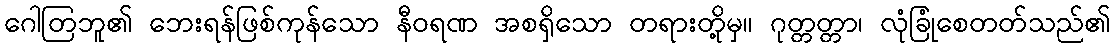
ဂေါတြဘူ၏ ဘေးရန်ဖြစ်ကုန်သော နီဝရဏ အစရှိသော တရားတို့မှ။ ဂုတ္တတ္တာ၊ လုံခြုံစေတတ်သည်၏